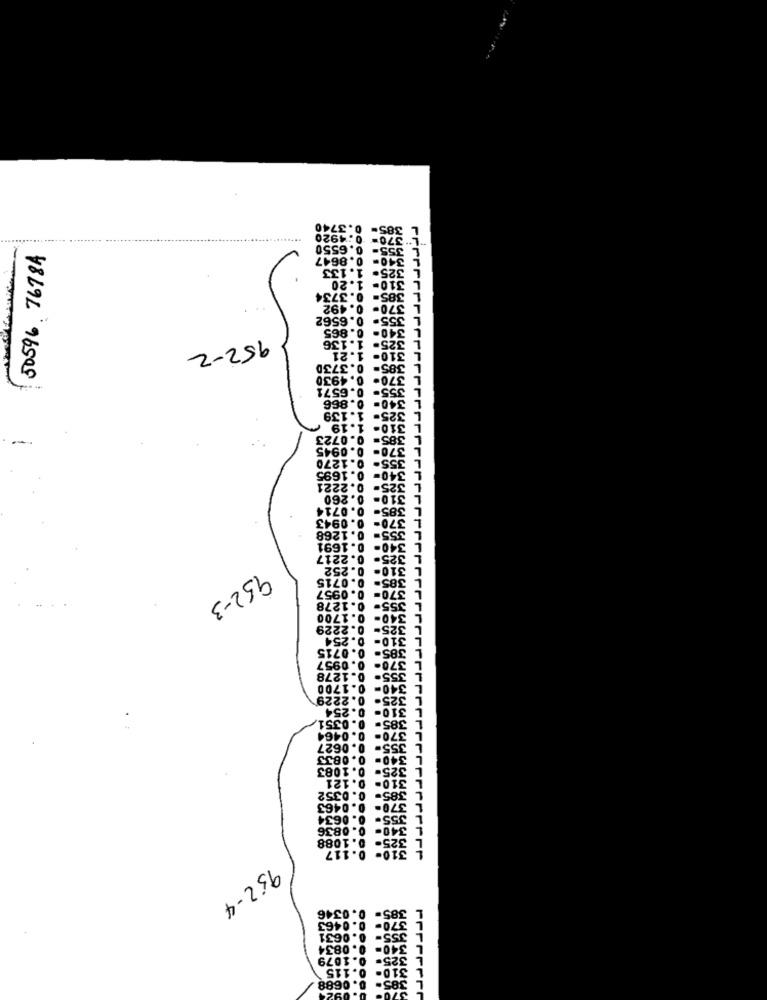
385= 0.3740
*370- 0:4920
...........
0.6550
355
50596. 76784
340- 0.8647
325. 1.133
310-
1.20
310- 1.20
385= 0.3734
0.492
370-
0.6562
355-
0.86
340-
1.136
$25
952-2
1.21
310-
3730
385-
. 4930
$70-
0.6571
55
0.866
540
1.139
1.19
310
. 0945
.1270
. 1695
.2221
260
310
. 071
385
0943
370
. 1268
355-
. 1691
340-
0.2217
325-
.252
0
310
385= 0.0715
370-
0.0957
952-3
355- 0.1278
0.1700
340
0.2229
325
0. 254
310-
385- 0.0715
0.0957
570-
0.1278
355.
0.1700
0. 2229
325
254
310-
385.
0351
0464
370-
355- 0.0627
0833
325- 0.1083
310
0. 0352
385.
0. 0463
370-
355- 0.0634
340- 0.0836
0. 1088
.117
952-4
U.U
16
631
0834
79
15
. 0688